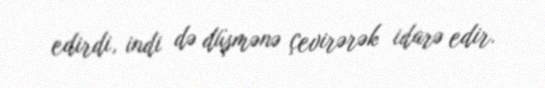
edirdi, indi də düşmənə çevirərək idarə edir.